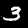
Label: 3